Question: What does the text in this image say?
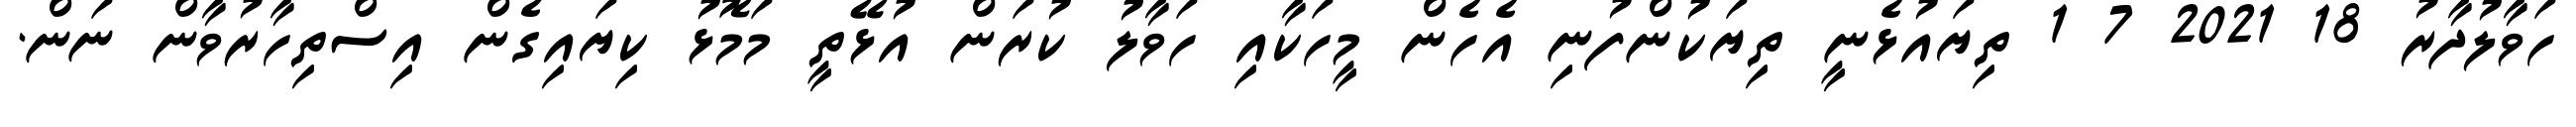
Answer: ހަވާލުދާރު 18 2021 7 1 ތިޔައުޅެނީ ތިޔަކުންފުނި އެހެން މީހަކާއި ހަވާލު ކުރަން އުޅޭތީ މަމޮޅު ކިޔައިގެން އިސްތިހާރުވާން ނަން.